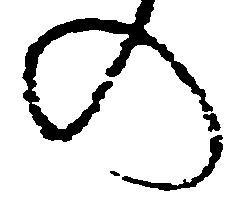
の